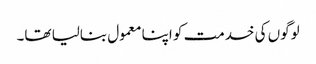
لوگوں کی خدمت کو اپنا معمول بنالیا تھا۔